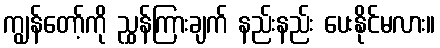
ကျွန်တော့်ကို ညွှန်ကြားချက် နည်းနည်း ပေးနိုင်မလား။